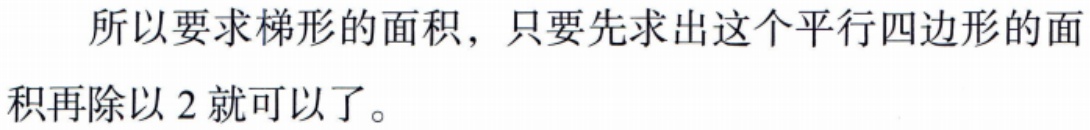
所以要求梯形的面积，只要先求出这个平行四边形的面积再除以 2 就可以了。